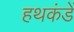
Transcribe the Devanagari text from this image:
हथकंडें